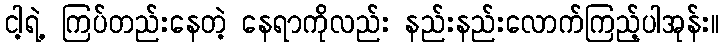
ငါ့ရဲ့ ကြပ်တည်းနေတဲ့ နေရာကိုလည်း နည်းနည်းလောက်ကြည့်ပါအုန်း။